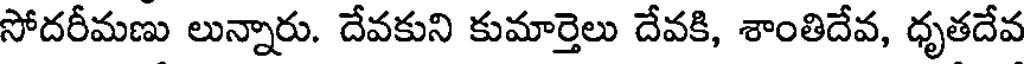
సోదరీమణు లున్నారు. దేవకుని కుమార్తెలు దేవకి, శాంతిదేవ, ధృతదేవ